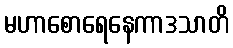
မဟာစောရေနေကာဒသာတိ